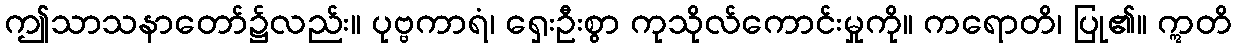
ဤသာသနာတော်၌လည်း။ ပုဗ္ဗကာရံ၊ ရှေးဦးစွာ ကုသိုလ်ကောင်းမှုကို။ ကရောတိ၊ ပြု၏။ ဣတိ